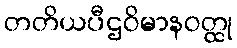
တတိယပီဌဝိမာနဝတ္ထု